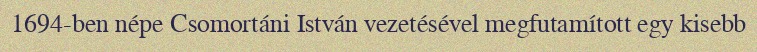
1694-ben népe Csomortáni István vezetésével megfutamított egy kisebb